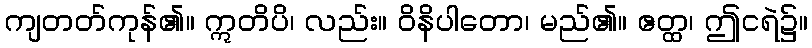
ကျတတ်ကုန်၏။ ဣတိပိ၊ လည်း။ ဝိနိပါတော၊ မည်၏။ ဧတ္ထ၊ ဤငရဲ၌။